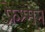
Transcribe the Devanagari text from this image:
फ्रेश्मे्न